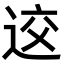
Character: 䢒